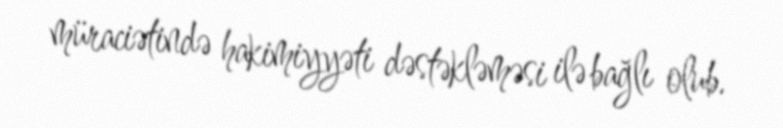
müraciətində hakimiyyəti dəstəkləməsi ilə bağlı olub.